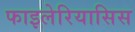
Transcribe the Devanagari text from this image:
फाइलेरियासिस